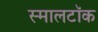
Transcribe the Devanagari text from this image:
स्मालटॉक